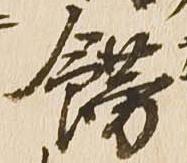
飾